system: You are a helpful assistant.
user:
Analyze the provided spectrum to determine if it is a **White Dwarf (WD)**.

A White Dwarf spectrum is defined by its **extreme purity** (due to gravitational settling) and/or **extreme pressure broadening** (due to high surface gravity). You must check for one of the following mutually exclusive signatures:

- **Key Visual Indicators (Check for ONE of these types):**

    - **1. DA-Type Signature (Most Common):**
        - **(Primary Feature):** Extreme pressure broadening (Stark broadening) of the **Hydrogen (H) Balmer lines**.
        - **(Key Lines):** $H\beta$ (approx. $4861$ Å) and $H\gamma$ (approx. $4340$ Å). $H\alpha$ (approx. $6563$ Å) will also be present if the wavelength range covers it.
        - **(Line Profile):** This is the **defining feature**. The lines are **NOT** sharp. They appear as massive, **extremely broad and deep "troughs" or "dips"** in the spectrum, often hundreds of Ångströms wide. The continuum will appear to "scoop" down at these wavelengths.
        - **(Distinction):** Normal A-type or B-type stars have *narrow* and *sharp* Hydrogen lines. A DA White Dwarf's lines are unmistakably "smeared" or "blurry" from pressure.

    - **2. DB-Type Signature:**
        - **(Primary Feature):** Broad absorption lines from **Neutral Helium (He I)**. The spectrum must lack any visible Hydrogen lines.
        - **(Key Lines):** Look for broad absorption near $4471$ Å, $4921$ Å, and $5876$ Å.
        - **(Line Profile):** These lines are also significantly pressure-broadened, appearing much wider than they would in a normal B-type main-sequence star.

    - **3. DC-Type Signature:**
        - **(Primary Feature):** A **featureless continuous spectrum**.
        - **(Line Profile):** The spectrum is a smooth curve with **no significant absorption or emission lines**.
        - **(Key Confirmation):** The continuum is almost always **blue or white**, indicating a hot object. This signature implies the atmosphere is so pure (or so cool) that no spectral lines are visible in the optical range. Its WD identity is confirmed by its extremely low intrinsic brightness (high absolute magnitude).

    - **4. DZ-Type Signature (Metal-Polluted):**
        - **(Primary Feature):** **Isolated, narrow metal absorption lines** on an otherwise featureless (DC-like) continuum.
        - **(Key Lines):** The **Calcium (Ca II) H & K doublet** (approx. **$3934$ Å** and **$3968$ Å**) is the most common and defining feature.
        - **(Line Profile):** These lines are "out of place." They are *not* part of a "forest" of thousands of lines. This signature is evidence of recent *accretion* (pollution) from rocky debris.
        - **(Distinction):** Normal G/K/M stars have a *dense forest* of thousands of metal lines. A DZ has a *clean* continuum with *only a few* strong metal lines.

    - **5. DQ-Type Signature (Carbon-Polluted):**
        - **(Primary Feature):** Absorption bands from **Carbon (C₂ "Swan Bands" or atomic C I)**.
        - **(Key Lines - C₂):** Look for bandheads with a "saw-tooth" shape near $5635$ Å, **$5165$ Å** (strongest), and $4737$ Å.
        - **(Key Confirmation):** The underlying **continuum must be blue or white** (hot).
        - **(Distinction):** This is the critical difference from a **Carbon Star**, which has the *exact same* C₂ bands but on an extremely **red, cool** continuum.

- **(Overall Spectrum):**
    - The continuum (overall shape) is typically **blue-sloping** (brighter in the blue than the red), as most white dwarfs are very hot.
    - The spectrum will look "pure" or "simple," dominated by only *one* of the five signatures listed above.

Think first, call **spectral_visualization_tool** if needed to examine features in detail, then provide your final answer. Your response must adhere to the following strict rules:
1.  **Overall Structure:** Your response must follow the format `<think>...</think> <tool_call>...</tool_call> (if a tool is used) <answer>...</answer>`.
2.  **Tool Usage Constraint:** You may only make **one** tool call per turn.
3.  **Final Answer Format:** In the `<answer>` tag, your conclusion must be inside a `\boxed{}` command (e.g., `\boxed{YES}` or `\boxed{NO}`), followed by your justification.

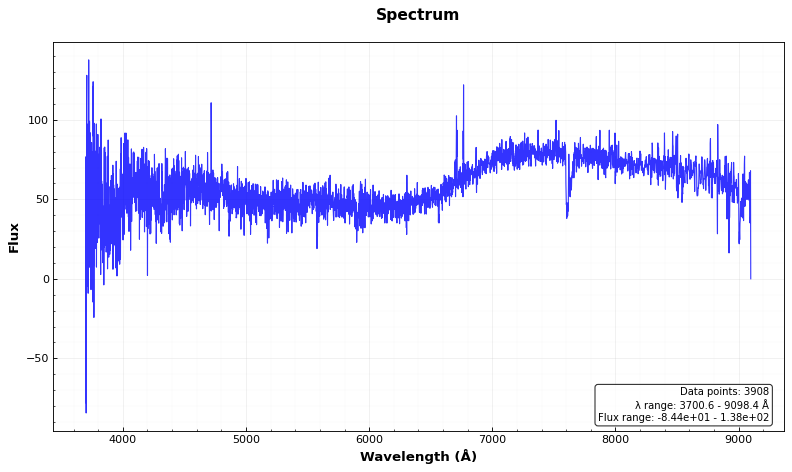
Answer: NO